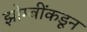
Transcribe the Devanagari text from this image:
झोम्बींकडून